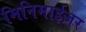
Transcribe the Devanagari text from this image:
मिनिमाईज़र